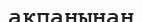
ақпанынан